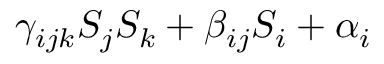
\gamma _ { i j k } S _ { j } S _ { k } + \beta _ { i j } S _ { i } + \alpha _ { i }